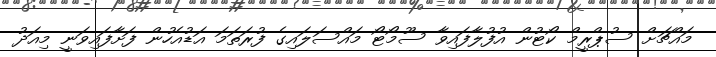
މައްޗަށް ސުޕްރީމް ކޯޓުން އުފުލާފައިވާ ސޫމޯޓޯ މައްސަލައިގެ ފުރަތަމަ އަޑުއެހުން ފަށާފައިވަނީ މިއަދު